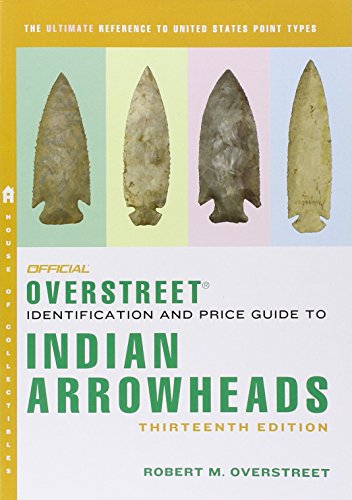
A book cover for The Official Overstreet Identification and Price Guide to Indian Arrowheads, 13th Edition (Official Overstreet Indian Arrowhead Identification and Price Guide); Robert M Overstreet; Crafts, Hobbies & Home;